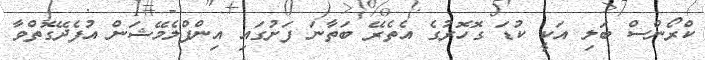
ކްރޯންސް ބަލި އަކީ ކުޑަ ގޮހޮރުގެ އެތެރޭ ބަތާނަ ފަށުގައި އިންފްލެމޭޝަން އުފެދޭގޮތްވާ